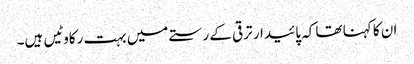
ان کا کہنا تھا کہ پائیدار ترقی کے رستے میں بہت رکاوٹیں ہیں۔